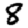
Digit: 8